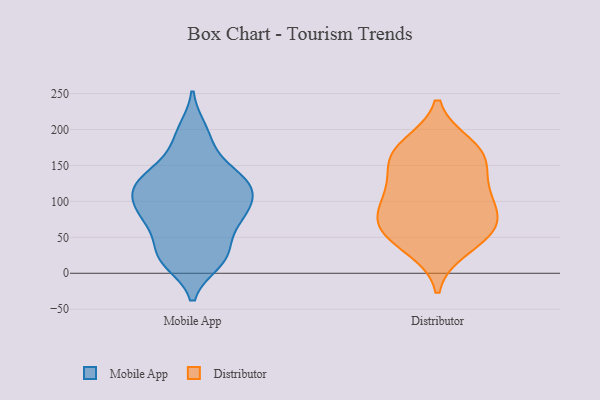
{"axis": {"x": "Energy Usage (MWh)", "y": "Value"}, "legend": ["Distributor", "Mobile App"], "data": [{"x": "", "y": 199, "type": "Mobile App"}, {"x": "", "y": 127, "type": "Mobile App"}, {"x": "", "y": 76, "type": "Mobile App"}, {"x": "", "y": 25, "type": "Mobile App"}, {"x": "", "y": 123, "type": "Mobile App"}, {"x": "", "y": 99, "type": "Mobile App"}, {"x": "", "y": 71, "type": "Mobile App"}, {"x": "", "y": 25, "type": "Mobile App"}, {"x": "", "y": 138, "type": "Mobile App"}, {"x": "", "y": 16, "type": "Mobile App"}, {"x": "", "y": 119, "type": "Mobile App"}, {"x": "", "y": 145, "type": "Mobile App"}, {"x": "", "y": 85, "type": "Mobile App"}, {"x": "", "y": 24, "type": "Mobile App"}, {"x": "", "y": 66, "type": "Mobile App"}, {"x": "", "y": 98, "type": "Mobile App"}, {"x": "", "y": 117, "type": "Mobile App"}, {"x": "", "y": 183, "type": "Mobile App"}, {"x": "", "y": 158, "type": "Distributor"}, {"x": "", "y": 55, "type": "Distributor"}, {"x": "", "y": 101, "type": "Distributor"}, {"x": "", "y": 36, "type": "Distributor"}, {"x": "", "y": 163, "type": "Distributor"}, {"x": "", "y": 65, "type": "Distributor"}, {"x": "", "y": 113, "type": "Distributor"}, {"x": "", "y": 177, "type": "Distributor"}, {"x": "", "y": 113, "type": "Distributor"}, {"x": "", "y": 70, "type": "Distributor"}, {"x": "", "y": 68, "type": "Distributor"}, {"x": "", "y": 165, "type": "Distributor"}]}